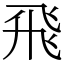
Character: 飛